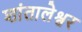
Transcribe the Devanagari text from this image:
शांतालेश्वर